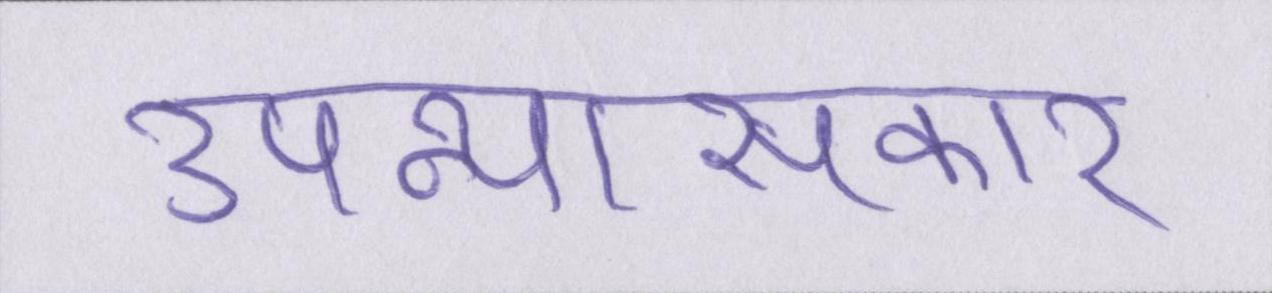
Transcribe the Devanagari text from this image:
उपन्यासकार